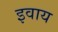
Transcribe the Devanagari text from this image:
इवाय